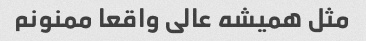
مثل همیشه عالی واقعا ممنونم